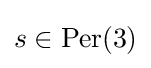
s\in {\text{Per}}(3)